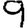
Digit: 9